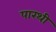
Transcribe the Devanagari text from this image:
पारथी